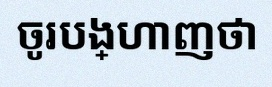
ចូរបង្ហាញថា